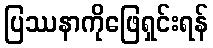
ပြဿနာကိုဖြေရှင်းရန်